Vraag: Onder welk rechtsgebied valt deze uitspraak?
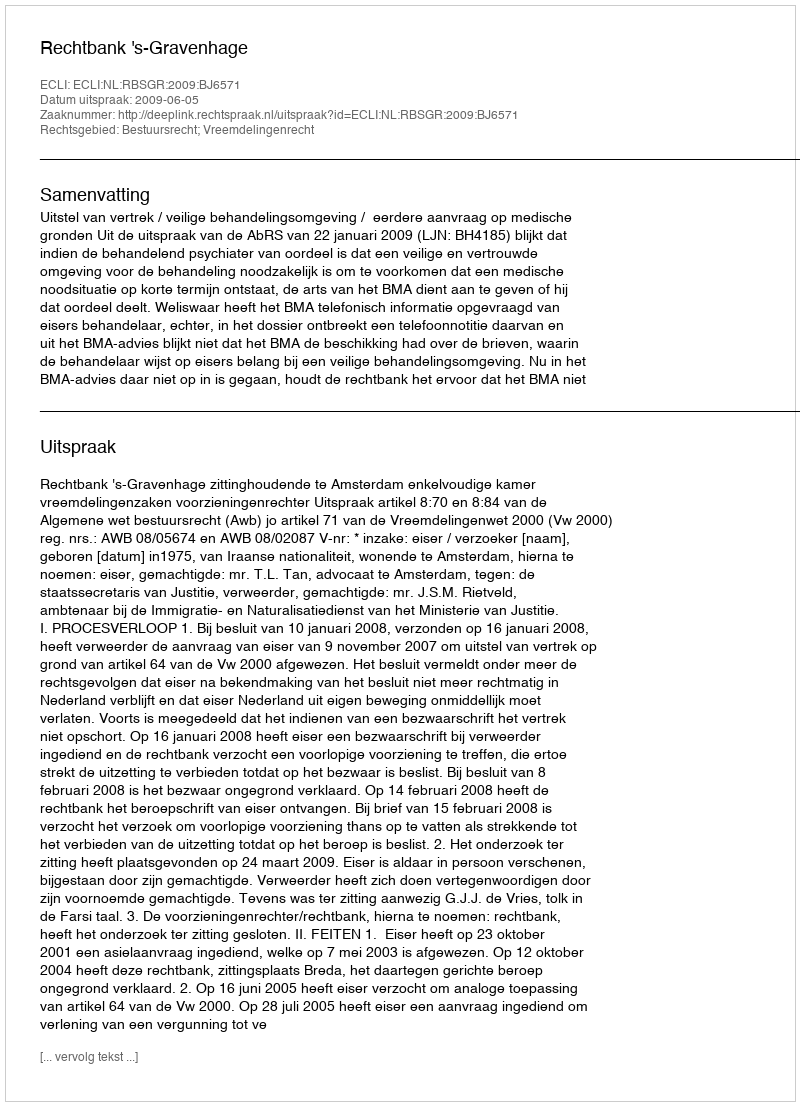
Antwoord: Bestuursrecht; Vreemdelingenrecht